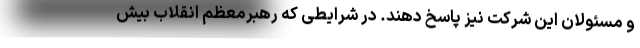
و مسئولان این شرکت نیز پاسخ دهند. در شرایطی که رهبرمعظم انقلاب بیش